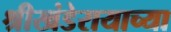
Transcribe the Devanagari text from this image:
श्रीखंडेरायाच्या